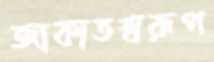
জাকাতস্বরূপ